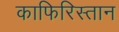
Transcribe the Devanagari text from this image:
काफिरिस्तान